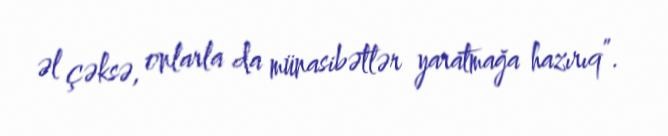
əl çəksə, onlarla da münasibətlər yaratmağa hazırıq”.